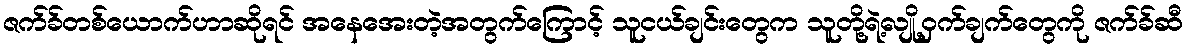
ဇက်ခ်တစ်ယောက်ဟာဆိုရင် အနေအေးတဲ့အတွက်ကြောင့် သူငယ်ချင်းတွေက သူတို့ရဲ့လျို့ဝှက်ချက်တွေကို ဇက်ခ်ဆီ